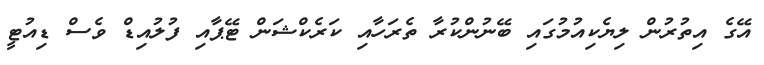
އޭގެ އިތުރުން ލިޔެކިއުމުގައި ބޭނުންކުރާ ތެރަހާއި ކަރެކްޝަން ޓޭޕާއި ފުލުއިޑް ވެސް ޑިއުޓީ